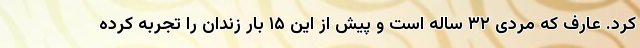
کرد. عارف که مردی ۳۲ ساله است و پیش از این ۱۵ بار زندان را تجربه کرده